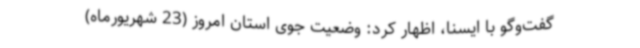
گفت‌وگو با ایسنا، اظهار کرد: وضعیت جوی استان امروز (23 شهریورماه)